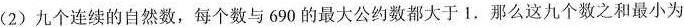
(2) 九个连续的自然数，每个数与690的最大公约数都大于1.那么这九个数之和最小为